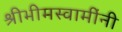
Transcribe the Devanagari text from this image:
श्रीभीमस्वामींनी